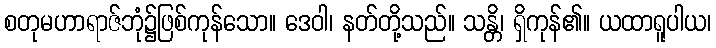
စတုမဟာရာဇ်ဘုံ၌ဖြစ်ကုန်သော။ ဒေဝါ၊ နတ်တို့သည်။ သန္တိ၊ ရှိကုန်၏။ ယထာရူပါယ၊